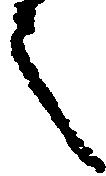
之